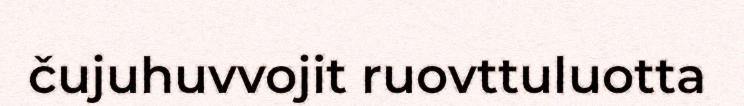
čujuhuvvojit ruovttuluotta